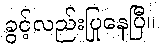
ခွင့်လည်းပြုနေပြီ။